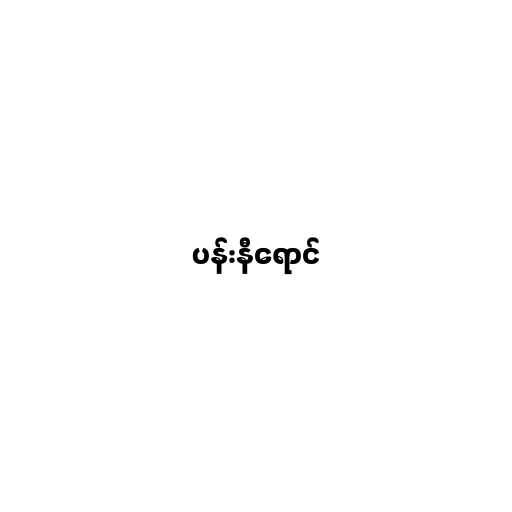
ပန်းနီရောင်